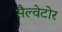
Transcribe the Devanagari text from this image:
सैल्वेटोर